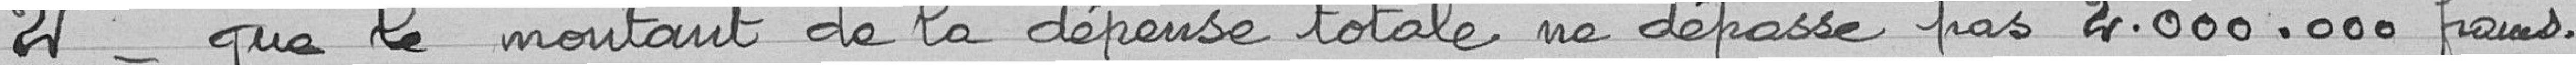
2°- que le montant de la dépense totale ne dépasse pas 4.000.000 francs